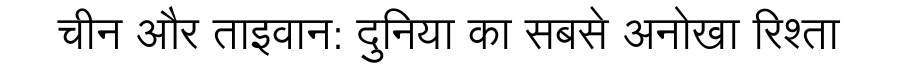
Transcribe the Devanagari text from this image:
चीन और ताइवान: दुनिया का सबसे अनोखा रिश्ता